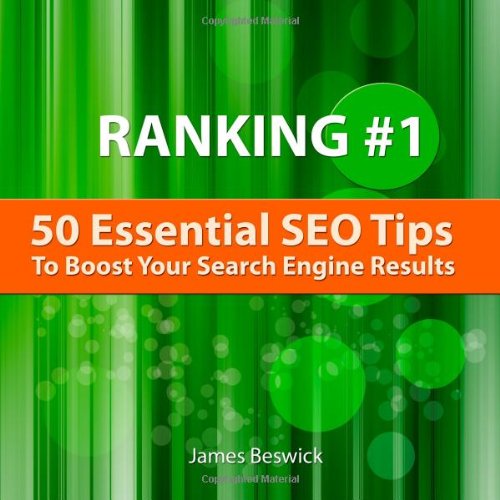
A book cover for Ranking Number One: 50 Essential SEO Tips To Boost Your Search Engine Results; James Beswick; Computers & Technology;